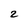
Character: 2